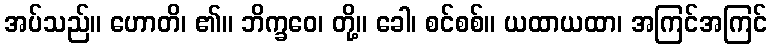
အပ်သည်။ ဟောတိ၊ ၏။ ဘိက္ခဝေ၊ တို့။ ခေါ၊ စင်စစ်။ ယထာယထာ၊ အကြင်အကြင်